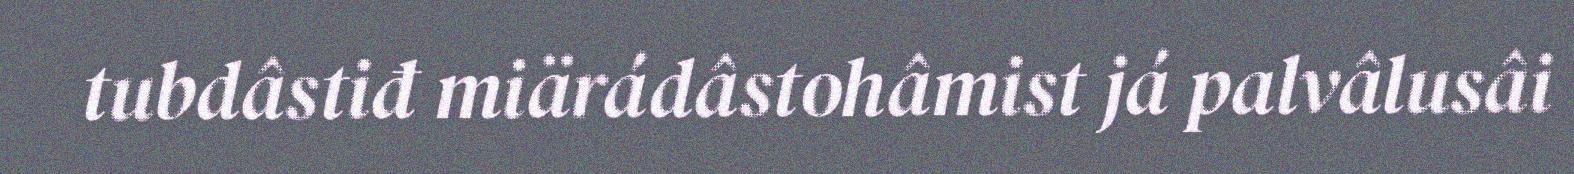
tubdâstiđ miärádâstohâmist já palvâlusâi